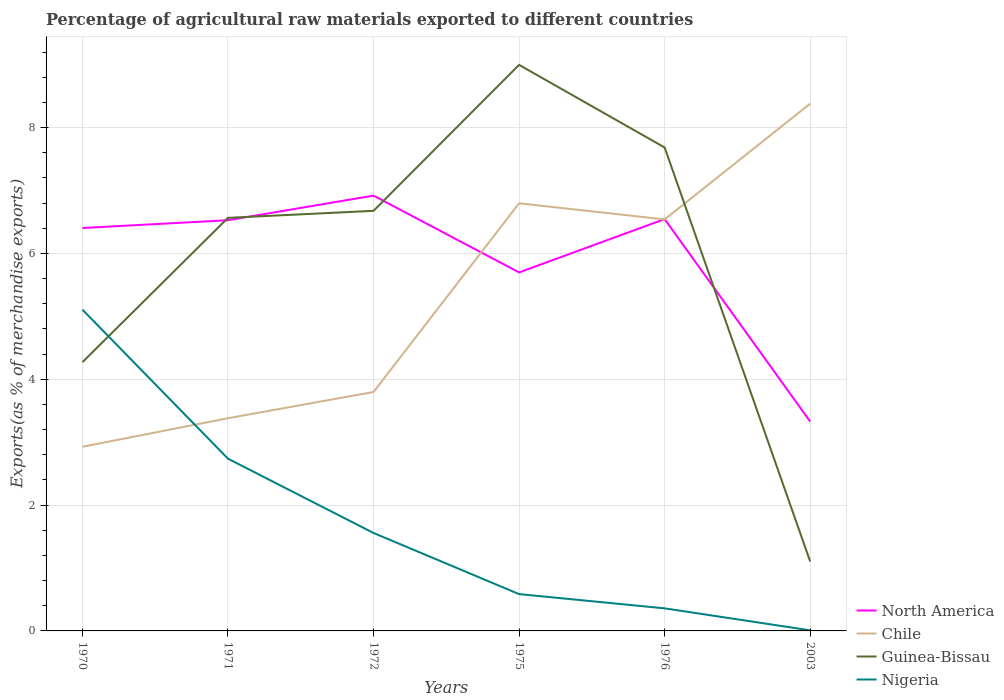
| Years | North America | Chile | Guinea-Bissau | Nigeria |
 | --- | --- | --- | --- | --- |
 | 1970 | 6.4 | 2.93 | 4.27 | 5.11 |
 | 1971 | 6.53 | 3.38 | 6.57 | 2.74 |
 | 1972 | 6.92 | 3.8 | 6.68 | 1.56 |
 | 1975 | 5.7 | 6.8 | 9 | 0.585 |
 | 1976 | 6.55 | 6.54 | 7.68 | 0.359 |
 | 2003 | 3.33 | 8.38 | 1.1 | 0.00926 |